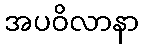
အပဝိလာနာ